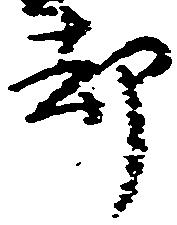
却